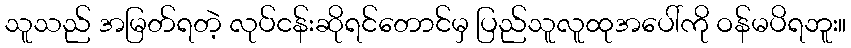
သူသည် အမြတ်ရတဲ့ လုပ်ငန်းဆိုရင်တောင်မှ ပြည်သူလူထုအပေါ်ကို ဝန်မပိရဘူး။